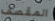
المقصف